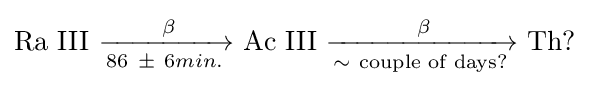
\mathrm {Ra\ III} _{}^{}\ {\xrightarrow[{{\text{86}}\ \mathrm {\pm } \ {6min.}}]{{\text{ }}\mathrm {\beta } }}\mathrm {\ Ac\ III\ } {\xrightarrow[{\mathrm {\sim } \ {\text{couple of days?}}}]{{\text{ }}\mathrm {\beta } }}\mathrm {\ Th?}